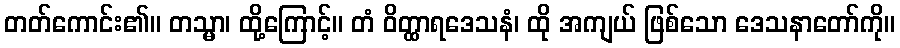
တတ်ကောင်း၏။ တသ္မာ၊ ထို့ကြောင့်။ တံ ဝိတ္ထာရဒေသနံ၊ ထို အကျယ် ဖြစ်သော ဒေသနာတော်ကို။